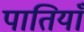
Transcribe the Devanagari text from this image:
पातियाँ